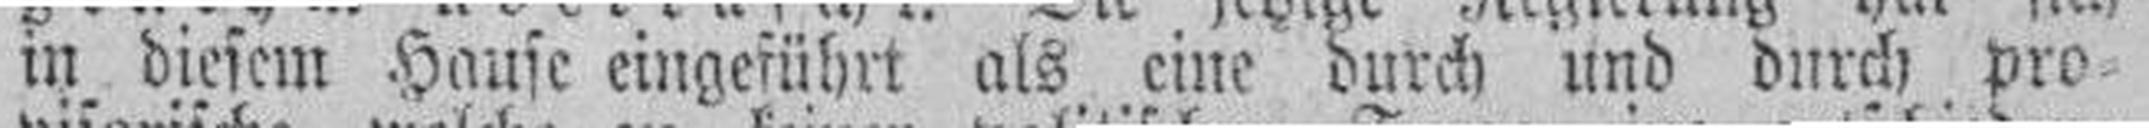
in diesem Hause eingeführt als eine durch und durch pro¬